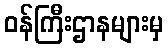
ဝန်ကြီးဌာနများမှ